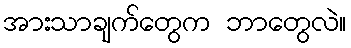
အားသာချက်တွေက ဘာတွေလဲ။